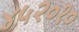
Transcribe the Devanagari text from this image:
४५२०१०